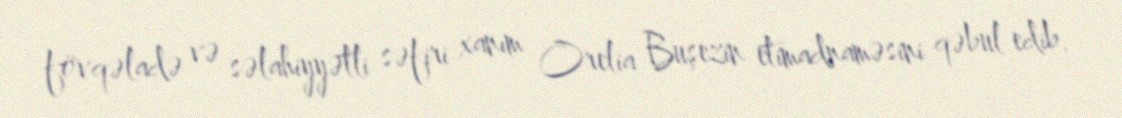
fövqəladə və səlahiyyətli səfiri xanım Orelia Buşezin etimadnaməsini qəbul edib.